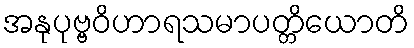
အနုပုဗ္ဗဝိဟာရသမာပတ္တိယောတိ